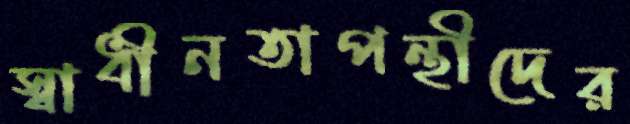
স্বাধীনতাপন্থীদের